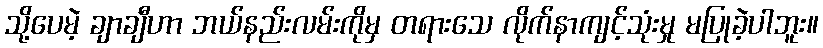
သို့ပေမဲ့ ချာချီဟာ ဘယ်နည်းလမ်းကိုမှ တရားသေ လိုက်နာကျင့်သုံးမှု မပြုခဲ့ပါဘူး။